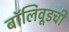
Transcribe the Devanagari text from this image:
बॉलिवूडची